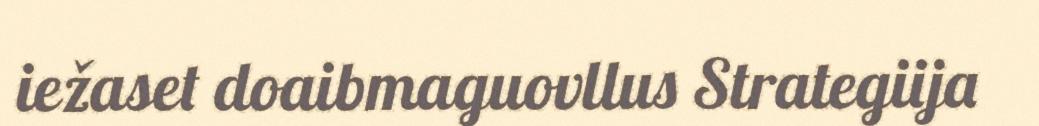
iežaset doaibmaguovllus Strategiija